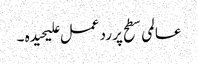
عالمی سطح پر رد عمل علیحیدہ ۔